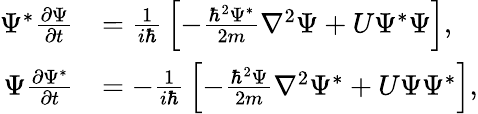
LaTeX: {\begin{array}{rl}{\Psi^{*}{\frac{\partial\Psi}{\partial t}}}&{={\frac{1}{i\hbar}}\left[-{\frac{\hbar^{2}\Psi^{*}}{2m}}\nabla^{2}\Psi+U\Psi^{*}\Psi\right],}\\ {\Psi{\frac{\partial\Psi^{*}}{\partial t}}}&{=-{\frac{1}{i\hbar}}\left[-{\frac{\hbar^{2}\Psi}{2m}}\nabla^{2}\Psi^{*}+U\Psi\Psi^{*}\right],}\end{array}}